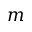
m